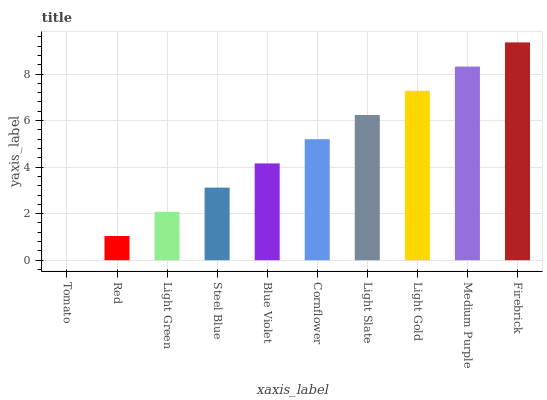
| xaxis_label | bars |
 | --- | --- |
 | Tomato | 0 |
 | Red | 1.04 |
 | Light Green | 2.08 |
 | Steel Blue | 3.12 |
 | Blue Violet | 4.16 |
 | Cornflower | 5.2 |
 | Light Slate | 6.24 |
 | Light Gold | 7.28 |
 | Medium Purple | 8.32 |
 | Firebrick | 9.36 |